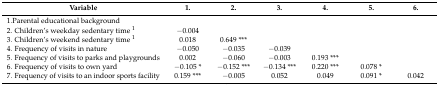
<table><thead><tr><td><b>Variable</b></td><td><b>1.</b></td><td><b>2.</b></td><td><b>3.</b></td><td><b>4.</b></td><td><b>5.</b></td><td><b>6.</b></td></tr></thead><tbody><tr><td>1.Parental educational background</td><td></td><td></td><td></td><td></td><td></td><td></td></tr><tr><td>2. Children’s weekday sedentary time <sup>1</sup></td><td>−0.004</td><td></td><td></td><td></td><td></td><td></td></tr><tr><td>3. Children’s weekend sedentary time <sup>1</sup></td><td>0.018</td><td>0.649 ***</td><td></td><td></td><td></td><td></td></tr><tr><td>4. Frequency of visits in nature</td><td>−0.050</td><td>−0.035</td><td>−0.039</td><td></td><td></td><td></td></tr><tr><td>5. Frequency of visits to parks and playgrounds</td><td>0.002</td><td>−0.060</td><td>−0.003</td><td>0.193 ***</td><td></td><td></td></tr><tr><td>6. Frequency of visits to own yard</td><td>−0.105 *</td><td>−0.152 ***</td><td>−0.134 ***</td><td>0.220 ***</td><td>0.078 *</td><td></td></tr><tr><td>7. Frequency of visits to an indoor sports facility</td><td>0.159 ***</td><td>−0.005</td><td>0.052</td><td>0.049</td><td>0.091 *</td><td>0.042</td></tr></tbody></table>